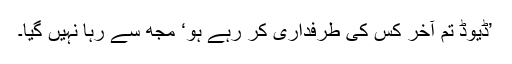
’ڈیوڈ تم آخر کس کی طرفداری کر رہے ہو‘ مجھ سے رہا نہیں گیا۔